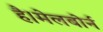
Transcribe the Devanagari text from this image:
है।मेलबोर्न